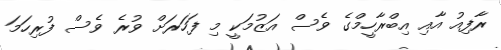
ރާފިއު އާއި އިބްރާހީމްގެ ވެސް އަޒުމަކީ މި ފަހަރަށް ވުރެ ވެސް ފުރިހަމަ